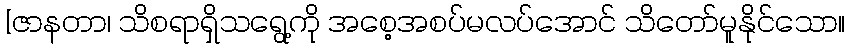
[ဇာနတာ၊ သိစရာရှိသရွေ့ကို အစေ့အစပ်မလပ်အောင် သိတော်မူနိုင်သော။